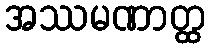
အဿမဏာတ္ထ